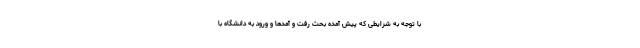
با توجه به شرایطی که پیش آمده بحث رفت و آمدها و ورود به دانشگاه با